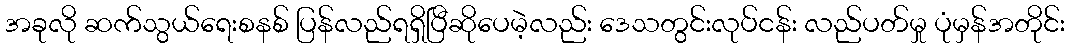
အခုလို ဆက်သွယ်ရေးစနစ် ပြန်လည်ရရှိပြီဆိုပေမဲ့လည်း ဒေသတွင်းလုပ်ငန်း လည်ပတ်မှု ပုံမှန်အတိုင်း